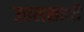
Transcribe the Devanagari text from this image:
उत्तरासाथी